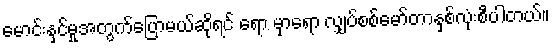
မောင်းနှင်မှုအတွက်ပြောမယ်ဆိုရင် ရော မှာရော လျှပ်စစ်မော်တာနှစ်လုံးစီပါတယ်။